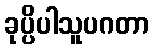
ခုပ္ပိပါသူပဂတာ